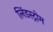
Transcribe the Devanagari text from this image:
लिंडस्ट्रोम